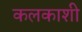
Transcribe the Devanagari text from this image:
कलकाशी